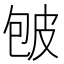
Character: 𰤡